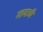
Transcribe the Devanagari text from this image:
गायत्र्यै